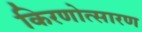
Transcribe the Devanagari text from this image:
किरणोत्सारण